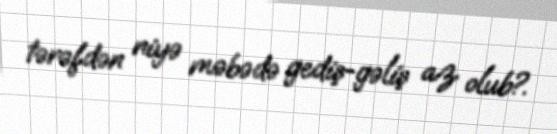
tərəfdən niyə məbədə gediş-gəliş az olub?.